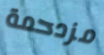
مزدحمة